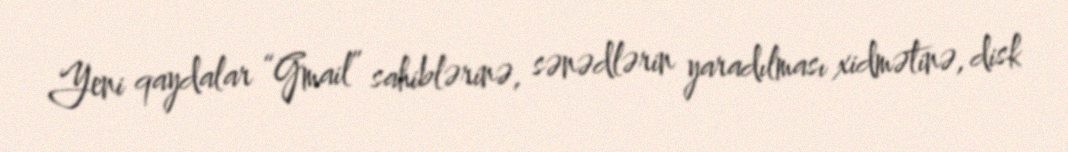
Yeni qaydalar “Gmail” sahiblərinə, sənədlərin yaradılması xidmətinə, disk